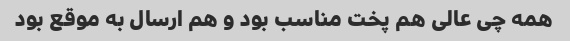
همه چی عالی هم پخت مناسب بود و هم ارسال به موقع بود